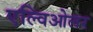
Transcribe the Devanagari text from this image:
एल्विओलर